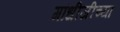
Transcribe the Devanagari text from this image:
गांधीजीच्या